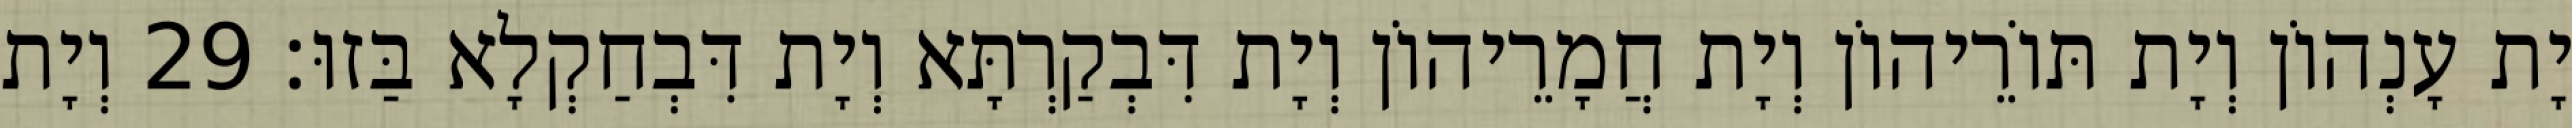
יָת עָנְהוֹן וְיָת תּוֹרֵיהוֹן וְיָת חֲמָרֵיהוֹן וְיָת דִּבְקַרְתָּא וְיָת דִּבְחַקְלָא בַּזוּ׃ 29 וְיָת